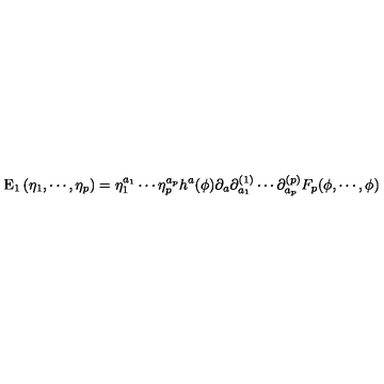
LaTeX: \mathrm { E } _ { 1 } \left( \eta _ { 1 } , \cdots , \eta _ { p } \right) = \eta _ { 1 } ^ { a _ { 1 } } \cdots \eta _ { p } ^ { a _ { p } } h ^ { a } ( \phi ) \partial _ { a } \partial _ { a _ { 1 } } ^ { ( 1 ) } \cdots \partial _ { a _ { p } } ^ { ( p ) } F _ { p } ( \phi , \cdots , \phi )